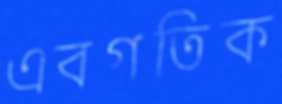
এবগতিক